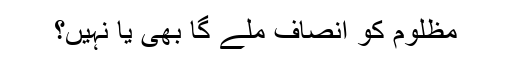
مظلوم کو انصاف ملے گا بھی یا نہیں؟